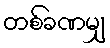
တစ်ခဏမျှ